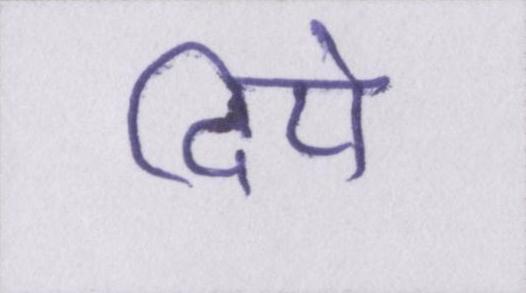
दिये